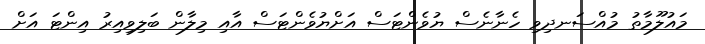
މައުލޫމާތު މުއްސަނދިވި ހެނާނެސް ޔުވެންޓަސް އަށްޔުވެންޓަސް އާއި މިލާން ބަލިވިއިރު އިންޓަ އަށް